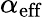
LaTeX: \alpha_{\mathrm{eff}}